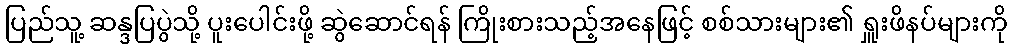
ပြည်သူ့ ဆန္ဒပြပွဲသို့ ပူးပေါင်းဖို့ ဆွဲဆောင်ရန် ကြိုးစားသည့်အနေဖြင့် စစ်သားများ၏ ရှူးဖိနပ်များကို